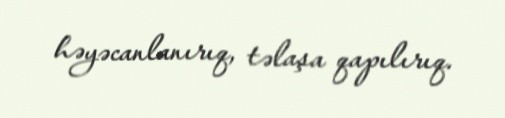
həyəcanlanırıq, təlaşa qapılırıq.